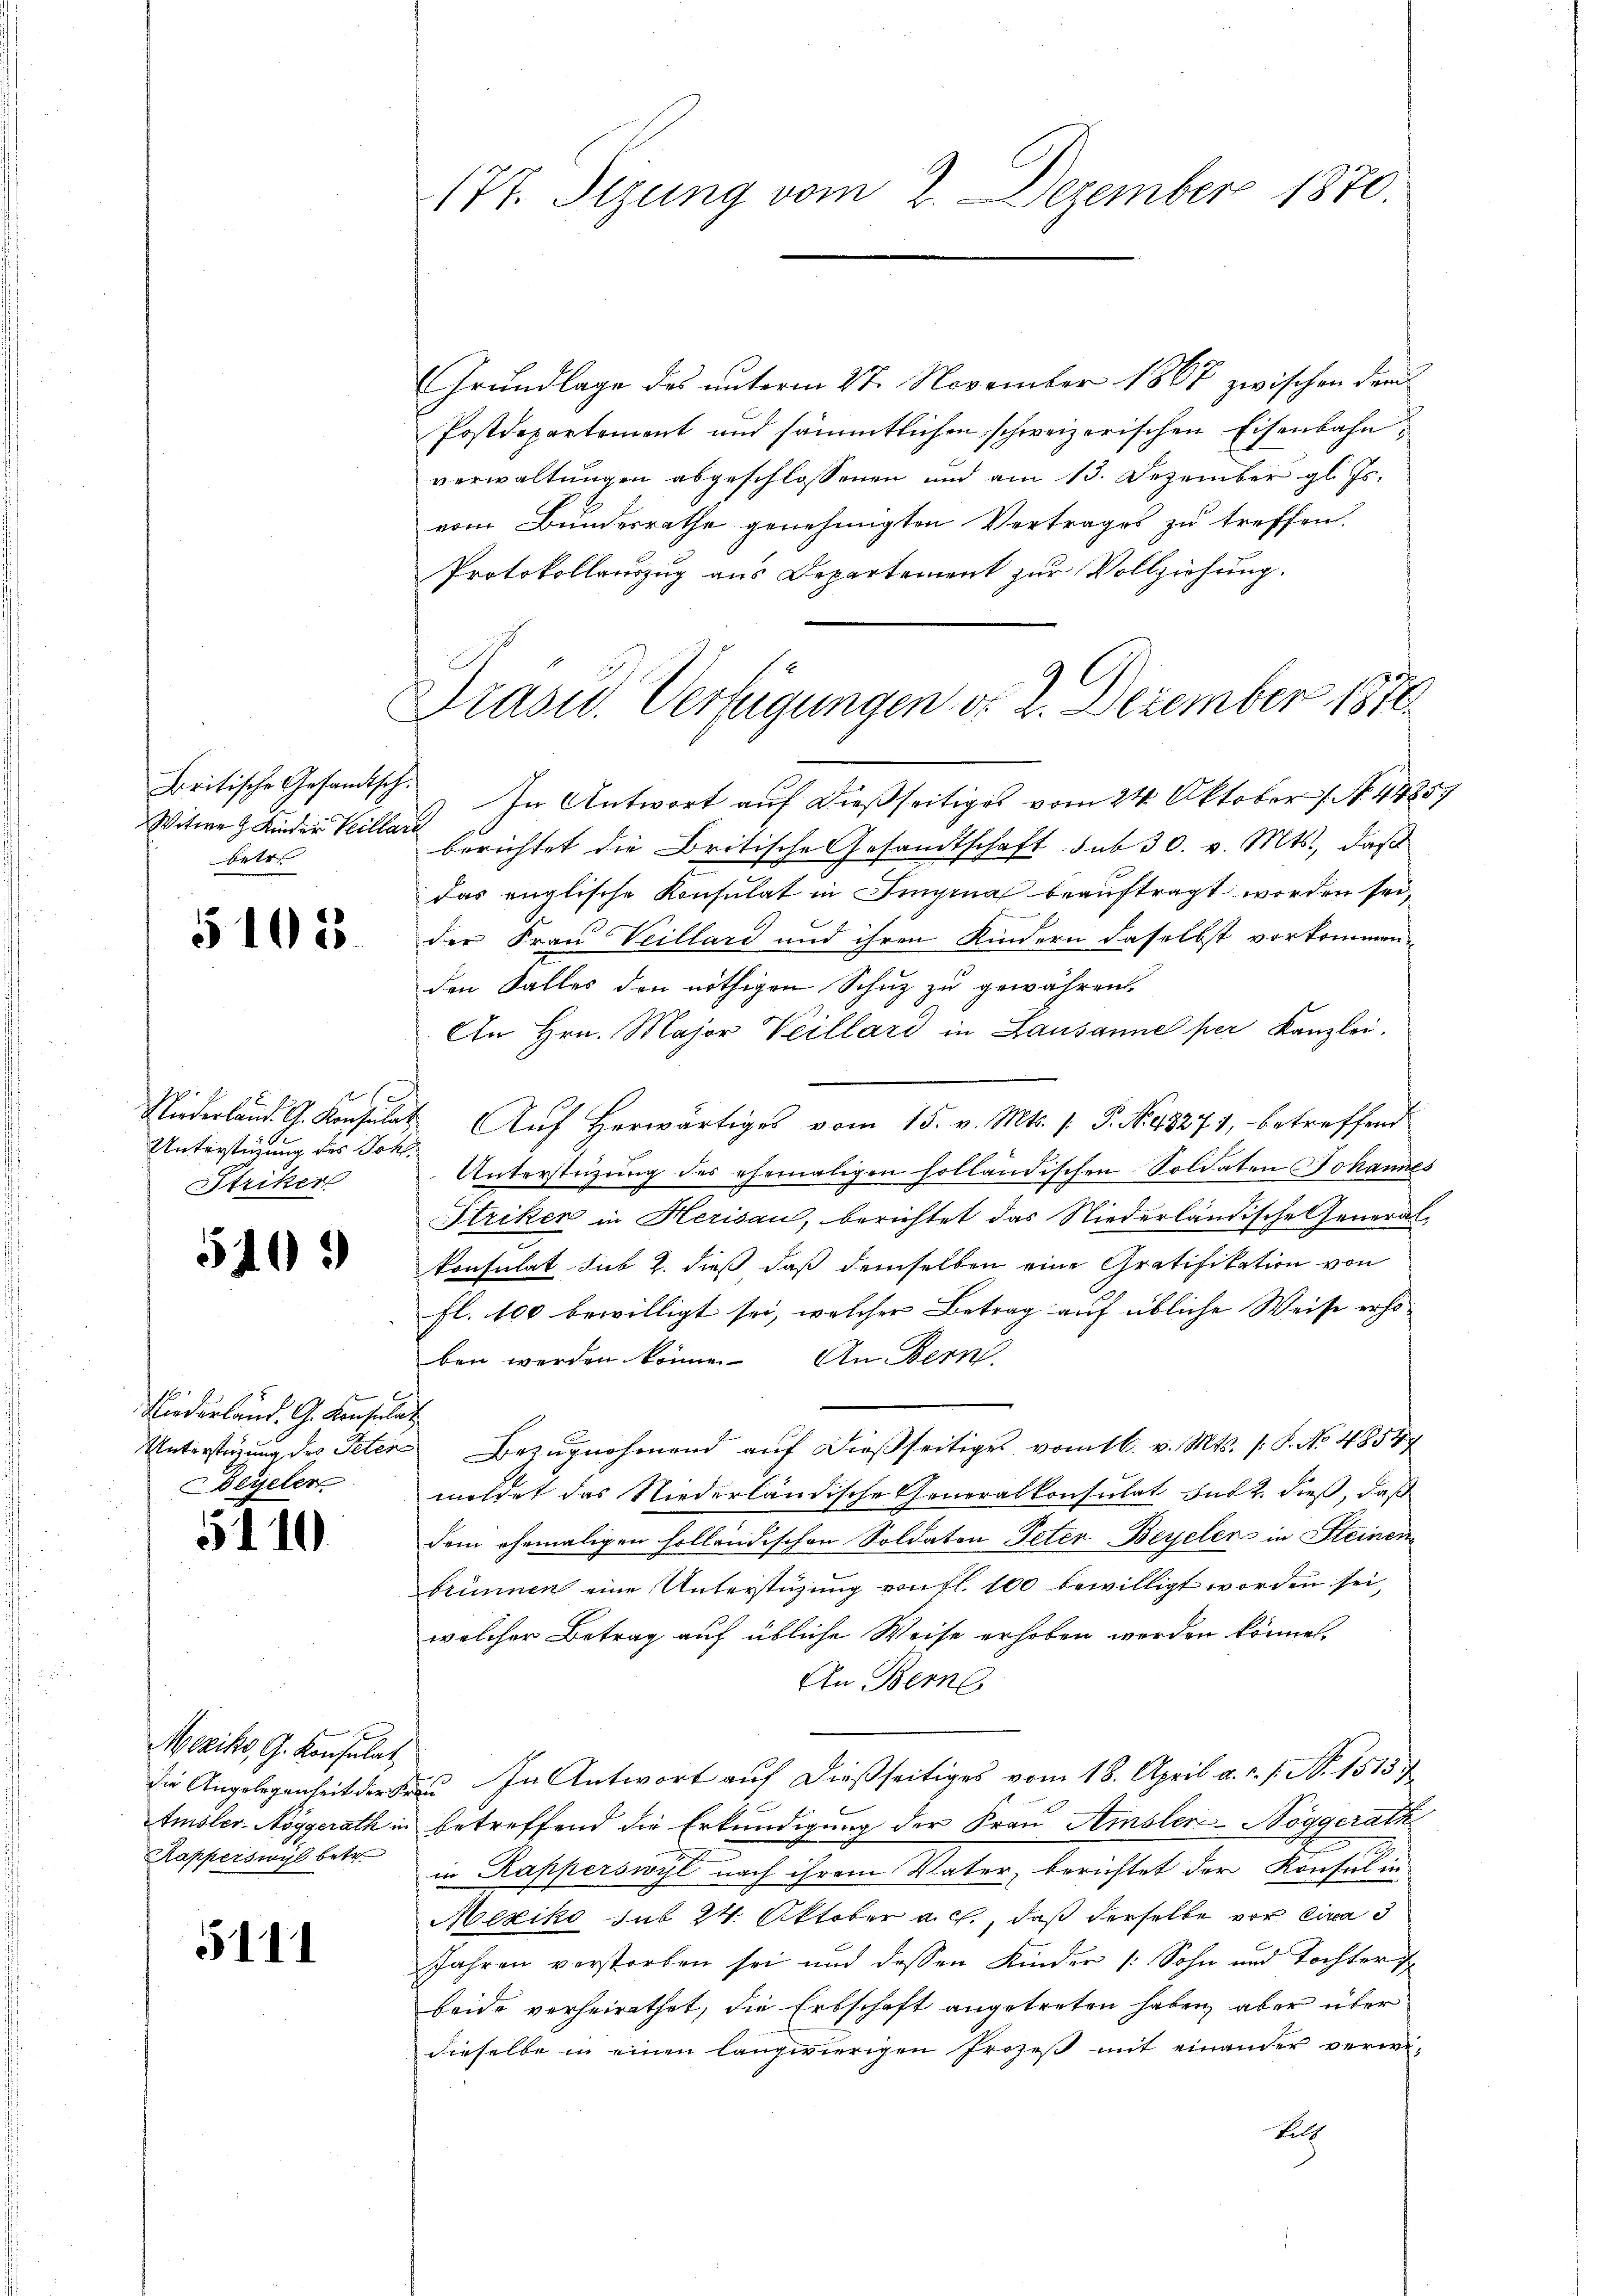
Britische Gesandtsch¬
Witwe Kinder Teillar
betre

§1083.

Unterstüzung des Wohl¬
Striker

5103

Niederland. G. Konsulat
Beyeler

5

10

Mexiko, G. Konsulat
Kapperswyl betr.

5111

Grundlage des unterm 27. November 1867 zwischen dem
Postdepartement und sämmtlichen schweizerischen Eisenbahnverwaltungen abgeschlossenen und am 13. Dezember gl. Js.
vom Bundesrathe genehmigten Vertrages zu treffen.
Protokollauszug aus Departement zur Vollziehung.

177. Sizung vom 2. Dezember 1870.

Drasu. Verfügungen d. 2. Dezember 1870

) In Antwort auf dießseitiges vom 24. Oktober 1. No. 44857
berichtet die Britische Gesandtschaft sub 30. v. Mts., daß
das englische Konsulat in Impina beauftragt worden sei,
der Frau Veillard und ihren Kindern daselbst vorkommen
den Falles den nöthigen Schutz zu gewähren.
An Hrn. Major Weillard in Lausanne per Kanzlei
Niederland. G. Konsulat Auf erwärtiges vom 15. v. Mts. 1. P. N. 48271, betreffend
Unterstüzung des ehemaligen holländischen Soldaten Johannes
Striken in Herisau, berichtet das Niederländische Generalkonsulat sub 2. dieß daß demselben eine Gratifikation von
fl. 100 bewilligt sei, welcher Betrag auf übliche Weise erho-
ben werden könne. An Bern
.
Unterstüzung des Peter Bezugnahmend auf dießseitiges vom 16. v. Mts. s. S. No 4854
mildet das Niederländische Generalkonsulat dit 2. dieß, daß
dem ehemaligen holländischen Soldaten Peter-Beyelen in Steinen
brunnen eine Unterstüzung von fl. 100 bewilligt worden sei,
welcher Betrag auf übliche Weise erhoben werden können.
An Bern
die Angelegenheit der Frau In Antwort auf dießseitiges vom 18. April a. u. s. N. 1513 f
Amsler-Nöggerath in betreffend die Erkundigung der Frau Amsler-Nöggerath
.
in Rapperswyl nach ihrem Vater, berichtet der Konsul in
Mexiko sub 24. Oktober a. c., daß derselbe vor circa 3
Jahren verstorben sei und dessen Kinder (: Sohn und Tochter
beide verheirathet, die Erbschaft angetreten haben, aber über
dieselbe in einen langwierigen Prozeß mit einander verwe-
Fill